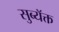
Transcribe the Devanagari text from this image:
सुब्यॅक्त